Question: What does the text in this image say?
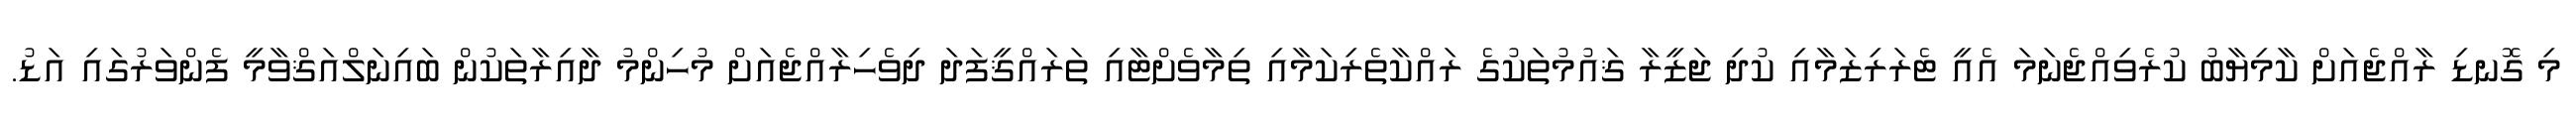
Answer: މި ގޮނޑި ރާއްޖެއަށް ކާމިޔާބު ކުރެވިއްޖެނަމަ އެއީ ޓެރަރިޒަމާއި ކުދި ޖަޒީރާ ޤައުމުތަކުގެ ރައްކާތެރިކަމާއި ތިމާވެށްޓާއި ތަރައްޤީފަދަ ދިވެހިރާއްޖެއަށް މުހިންމު ދާއިރާތަކުން ބައިނަލްއަޤްވާމީ ފެންވަރުގައި އަޑު.